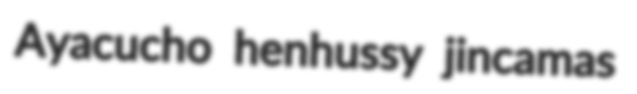
Ayacucho henhussy jincamas